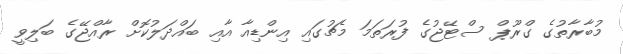
މުބާރާތުގެ ގްރޫޕް ސްޓޭޖުގެ ފުރަތަމަ މެޗުގައި އިންޑިއާ އާއި ބައްދަލުކޮށް ރާއްޖޭގެ ބަލިވީ